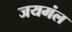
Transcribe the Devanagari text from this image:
जयमंल